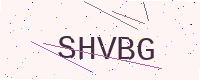
Text: SHVBG